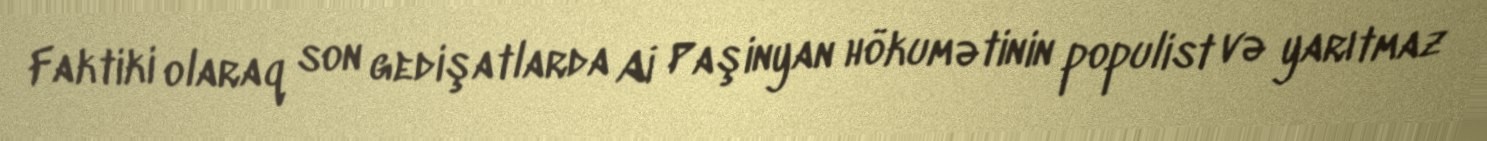
Faktiki olaraq son gedişatlarda Aİ Paşinyan hökumətinin populist və yarıtmaz